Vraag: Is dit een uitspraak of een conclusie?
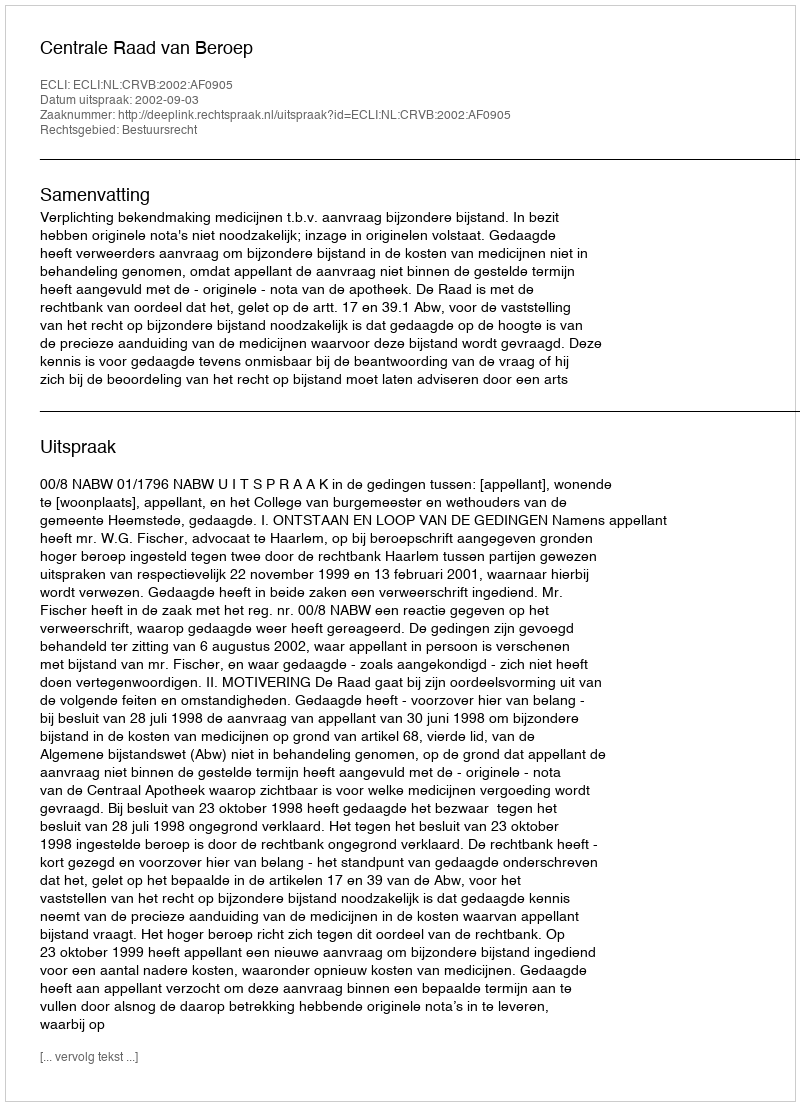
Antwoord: Uitspraak